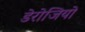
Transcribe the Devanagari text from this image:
डेरोजियो